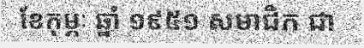
ខែកុម្ភៈ ឆ្នាំ ១៩៥១ សមាជិក ជា